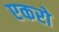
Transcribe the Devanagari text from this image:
एकरो